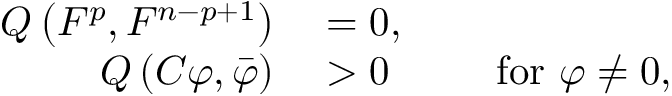
\begin{array} { r l r l } { Q \left( F ^ { p } , F ^ { n - p + 1 } \right) } & { { } = 0 , } \\ { Q \left( C \varphi , { \bar { \varphi } } \right) } & { { } > 0 } & { } & { { } { \mathrm { ~ f o r ~ } } \varphi \neq 0 , } \end{array}